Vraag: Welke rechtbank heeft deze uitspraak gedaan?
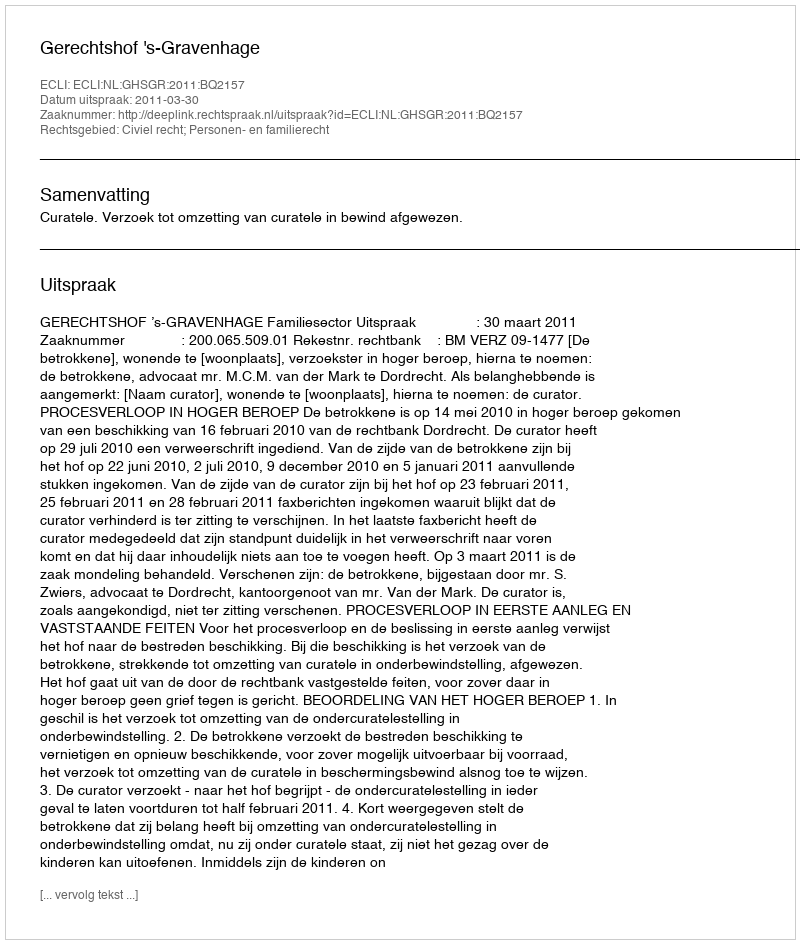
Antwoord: Gerechtshof 's-Gravenhage